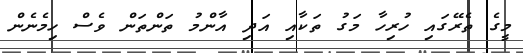
މީގެ ތެރޭގައި ހުރިހާ މަގު ތަކާއި އަދި އާންމު ތަންތަން ވެސް ހިމެނެން